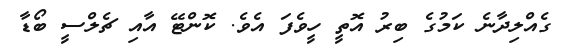
ގެއްލިދާނެ ކަމުގެ ބިރު އޮތީ ހީވެފަ އެވެ. ކޮންޓޭ އާއި ޗެލްސީ ބޯޑާ